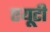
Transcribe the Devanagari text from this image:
एयूटी